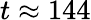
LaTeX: t\approx 144